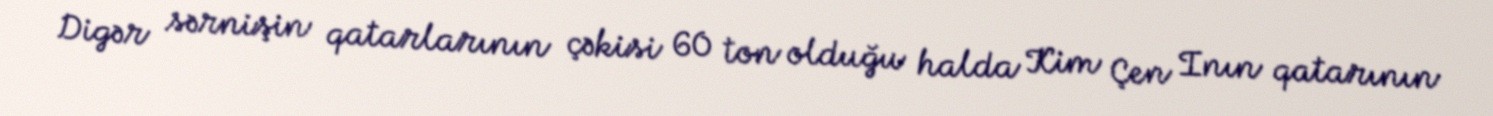
Digər sərnişin qatarlarının çəkisi 60 ton olduğu halda Kim Çen Inın qatarının